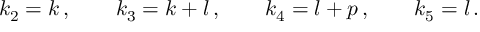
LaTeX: k _ { 2 } = k \, , \qquad k _ { 3 } = k + l \, , \qquad k _ { 4 } = l + p \, , \qquad k _ { 5 } = l \, .